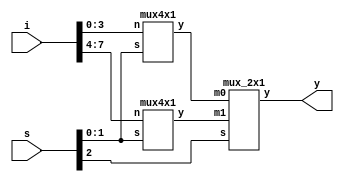
`timescale 1ns / 1ps

module mux8x1_4x1mux(
input [7:0] i,
input [2:0] s,
output y
    );
    wire y0,y1;
    mux4x1 m1(i[3:0],s[1:0],y0);
    mux4x1 m2(i[7:4],s[1:0],y1);
    mux_2x1 m3(y0,y1,s[2],y);
endmodule

module mux4x1(
input [3:0] n,
input [1:0] s,
output y);
wire w1,w2;

assign w1=~s[1];
assign w2=~s[0];
assign y = (w1&w2& n[0])|(w1&s[0]&n[1])|(s[1]&w2&n[2])|(s[1]&s[0]&n[3]);

endmodule

module mux_2x1(
input m0,m1,
input s,
output y);
assign y = (~s & m0) | (s & m1);
endmodule